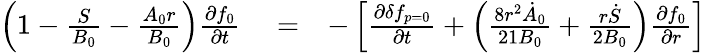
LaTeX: \begin{array}{rlr}{\left(1-\frac{S}{B_{0}}-\frac{A_{0}r}{B_{0}}\right)\frac{\partial f_{0}}{\partial t}}&{{}=}&{-\left[\frac{\partial\delta f_{p=0}}{\partial t}+\left(\frac{8r^{2}\dot{A}_{0}}{21B_{0}}+\frac{r\dot{S}}{2B_{0}}\right)\frac{\partial f_{0}}{\partial r}\right]}\end{array}